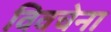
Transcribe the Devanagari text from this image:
विवचेना